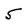
Character: 5